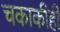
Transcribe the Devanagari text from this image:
चकाकीही